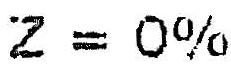
Z = 0%